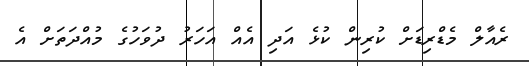
ރެއާލް މެޑްރިޑަށް ކުރިން ކުޅެ އަދި އެއް އަހަރު ދުވަހުގެ މުއްދަތަށް އެ